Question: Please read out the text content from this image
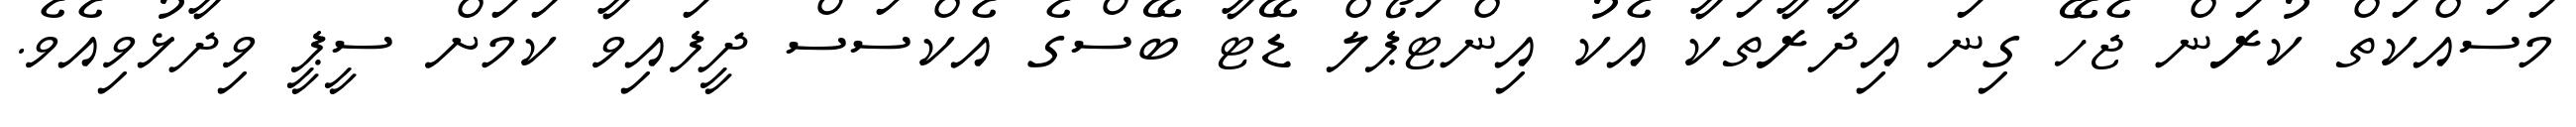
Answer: މަސައްކަތް ކުރަން ޖެހޭ ގިނަ އިދާރާތަކާ އެކު އިންޓަޕޯލް ޑޭޓާ ބޭސްގެ އެކްސަސް ދީފައިވާ ކަމަށް ސީޕީ ވިދާޅުވިއެވެ.